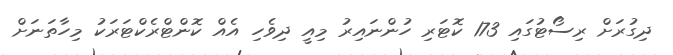
ދިގުރަށް ރިސޯޓުގައި 173 ކޮޓަރި ހުންނައިރު މިއީ ދިވެހި އެއް ކޮންޓްރެކްޓަރަކު މިހާތަނަށް